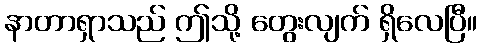
နာတာရှာသည် ဤသို့ တွေးလျက် ရှိလေပြီ။